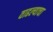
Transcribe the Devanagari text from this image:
वाढल्याचा